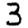
Digit: 3